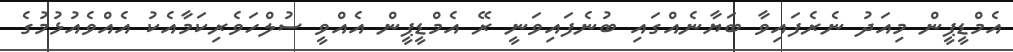
އެމްޑީޕީން މިއަދު ނެރެފައިވާ ބަޔާނެއްގައި ބުނެފައިވަނީ ރޭ އެމްޑީޕީން އެއްވީ ސުލްހަވެރިކަމާއެކު އެއްވެއުޅުމުގެ